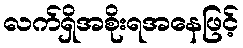
လက်ရှိအစိုးရအနေဖြင့်